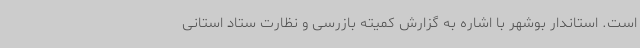
است. استاندار بوشهر با اشاره به گزارش کمیته بازرسی و نظارت ستاد استانی